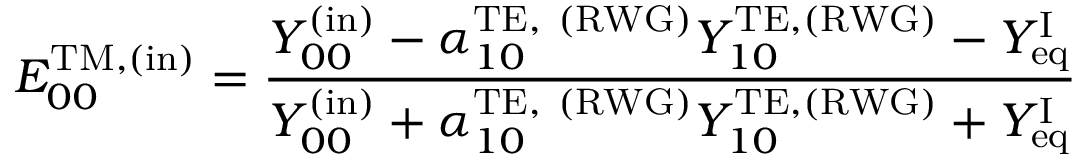
E _ { 0 0 } ^ { \mathrm { T M , ( i n ) } } = \frac { Y _ { 0 0 } ^ { \mathrm { ( i n ) } } - \alpha _ { 1 0 } ^ { \mathrm { T E , ~ ( R W G ) } } Y _ { 1 0 } ^ { \mathrm { T E } , \mathrm { ( R W G ) } } - Y _ { \mathrm { e q } } ^ { \mathrm { I } } } { Y _ { 0 0 } ^ { \mathrm { ( i n ) } } + \alpha _ { 1 0 } ^ { \mathrm { T E , ~ ( R W G ) } } Y _ { 1 0 } ^ { \mathrm { T E } , \mathrm { ( R W G ) } } + Y _ { \mathrm { e q } } ^ { \mathrm { I } } }